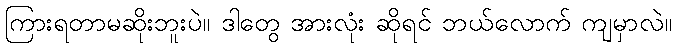
ကြားရတာမဆိုးဘူးပဲ။ ဒါတွေ အားလုံး ဆိုရင် ဘယ်လောက် ကျမှာလဲ။